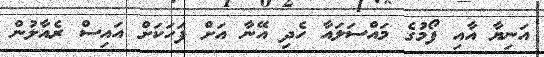
އަނިޔާ އާއި ފޯމުގެ މައްސަލައާ ހެދި އޭނާ އަށް ފަހަކަށް އައިސް ރެއާލުން